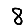
Digit: 8